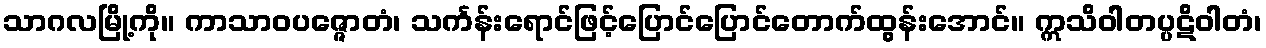
သာဂလမြို့ကို။ ကာသာဝပဇ္ဇောတံ၊ သင်္ကန်းရောင်ဖြင့်ပြောင်ပြောင်တောက်ထွန်းအောင်။ ဣသိဝါတပ္ပဋိဝါတံ၊